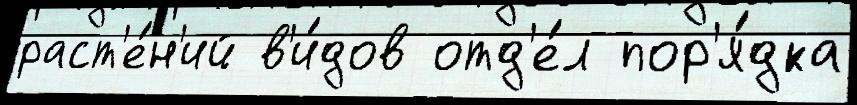
раст'е́н'ий в'и́дов отд'е́л пор'я́дка